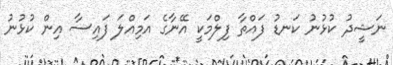
ނަޝީދު ކުޅުނު ކަނޑު ފައްތާ ފިލްމަކީ އޭނާގެ އަމިއްލަ ފައިސާ އިން ކުޅުނު